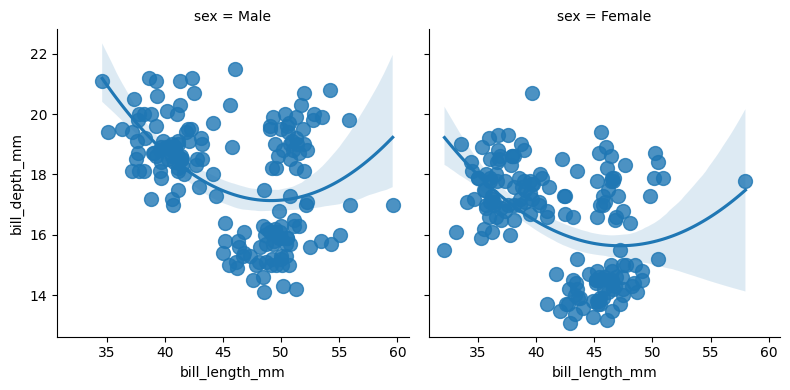
python, seaborn, lmplot, aspect=1.0, order=2, markers='o'